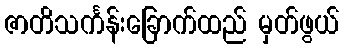
ဇာတိသင်္ကန်းခြောက်ထည် မှတ်ဖွယ်